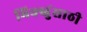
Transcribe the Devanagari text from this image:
भिक्खुंसाठी